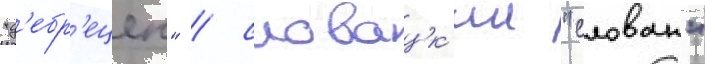
"д'ебр'ецен" / словацк'ии "слован"